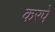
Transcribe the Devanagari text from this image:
करपे